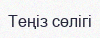
Теңіз сөлігі